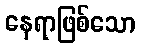
နေရာဖြစ်သော